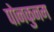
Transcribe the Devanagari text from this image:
पोनकुनम